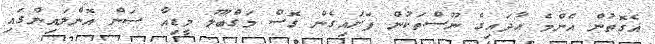
އެގޮތުން އެންމެ އާދައިގެ ނޫސްތަކުން ފަށައިގެން ގޮސް މަގްބޫލު މީޑިއާ ސަން އޮންލައިންގައި